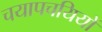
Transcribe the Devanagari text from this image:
चयापचयियों